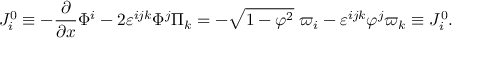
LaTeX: { \cal J } _ { i } ^ { 0 } \equiv - \frac \partial { \partial x } \Phi ^ { i } - 2 \varepsilon ^ { i j k } \Phi ^ { j } \Pi _ { k } = - \sqrt { 1 - { \varphi } ^ { 2 } } \; \varpi _ { i } - \varepsilon ^ { i j k } \varphi ^ { j } \varpi _ { k } \equiv J _ { i } ^ { 0 } .